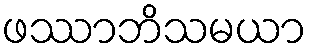
ဖဿာဘိသမယာ